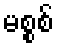
မစ္စစ်